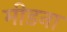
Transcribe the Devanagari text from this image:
मीडना